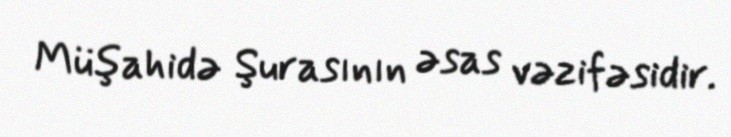
Müşahidə Şurasının əsas vəzifəsidir.